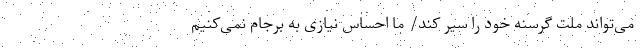
می‌تواند ملت گرسنه خود را سیر کند/ ما احساس نیازی به برجام نمی‌کنیم